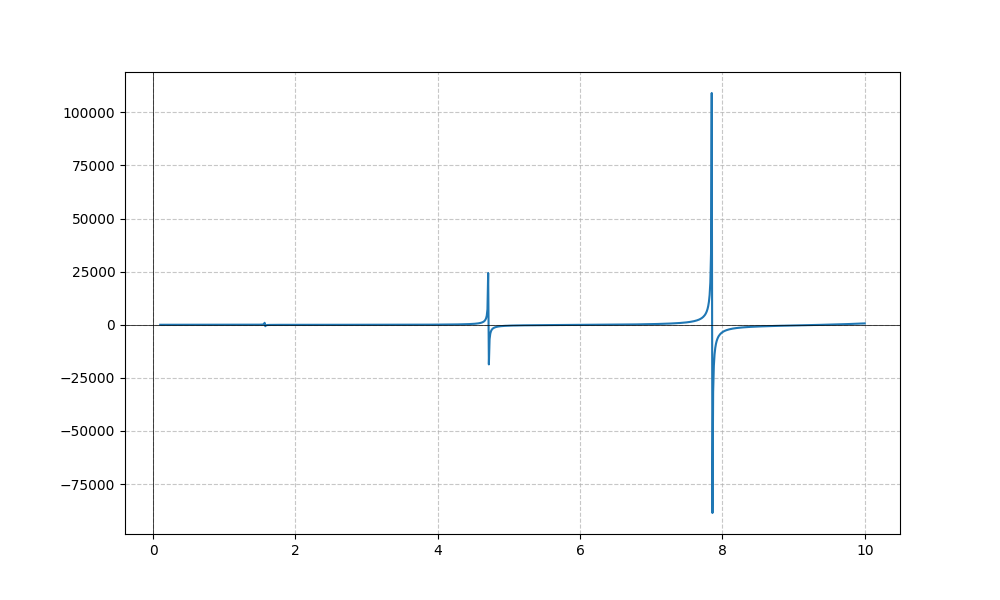
LaTeX formula: x^{3} \tan{\left(x \right)}